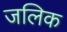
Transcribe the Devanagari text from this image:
जलिक